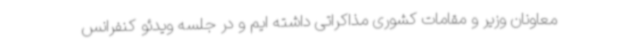
معاونان وزیر و مقامات کشوری مذاکراتی داشته ایم و در جلسه ویدئو کنفرانس